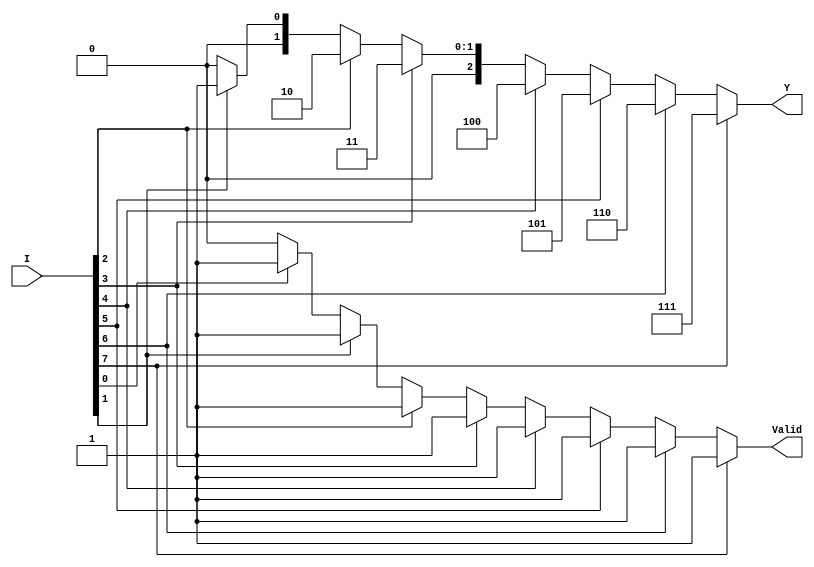
module encoder_8to3 (
    input  wire [7:0] I,    // 8 input lines
    output reg  [2:0] Y,    // 3-bit output
    output reg  Valid        // Valid signal
);

always @(*) begin
    // Default values
    Y = 3'b000;  // Default output
    Valid = 1'b0; // Default valid signal

    // Priority encoding
    if (I[7]) begin
        Y = 3'b111; // I7 is active
        Valid = 1'b1;
    end else if (I[6]) begin
        Y = 3'b110; // I6 is active
        Valid = 1'b1;
    end else if (I[5]) begin
        Y = 3'b101; // I5 is active
        Valid = 1'b1;
    end else if (I[4]) begin
        Y = 3'b100; // I4 is active
        Valid = 1'b1;
    end else if (I[3]) begin
        Y = 3'b011; // I3 is active
        Valid = 1'b1;
    end else if (I[2]) begin
        Y = 3'b010; // I2 is active
        Valid = 1'b1;
    end else if (I[1]) begin
        Y = 3'b001; // I1 is active
        Valid = 1'b1;
    end else if (I[0]) begin
        Y = 3'b000; // I0 is active
        Valid = 1'b1;
    end
end

endmodule